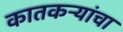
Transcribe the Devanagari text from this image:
कातकऱ्यांचा